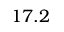
1 7 . 2